Punjab Mental Hospital Lahore 1932-46 - 1932-1946
Year: 1932
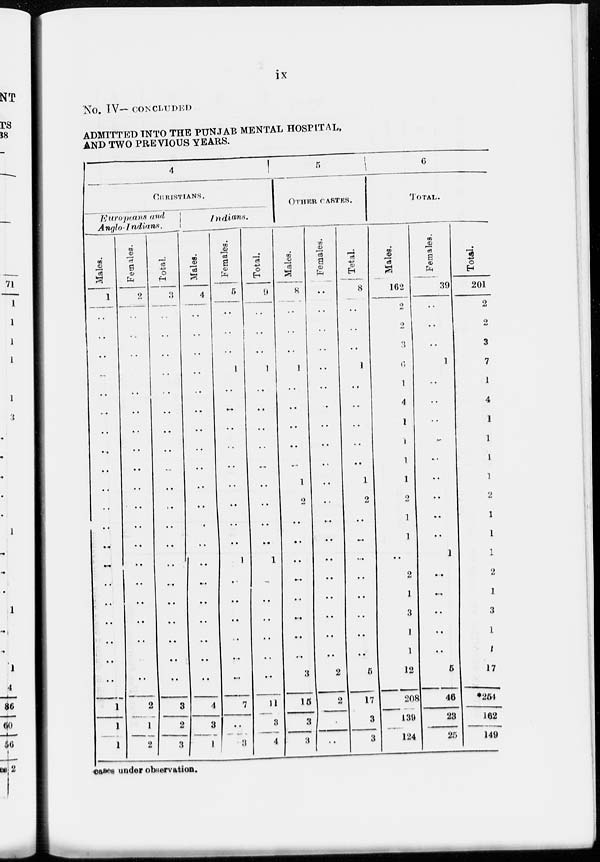
ix
No. IV— CONCLUDED
ADMITTED INTO THE PUNJAB MENTAL HOSPITAL,
AND TWO PREVIOUS YEARS.
4
CHRISTIANS.
Europians and
Anglo-Indians.
Males.
1
..
..
..
..
..
..
..
..
..
..
..
..
..
..
..
..
..
..
..
..
1
1
1
Females.
2
..
..
..
..
..
..
..
..
..
..
..
..
..
..
..
..
..
..
2
1
2
Total.
3
..
..
..
..
..
..
..
..
..
..
..
..
..
..
..
..
..
..
..
..
3
2
3
Indians.
Males.
4
..
..
..
..
..
..
..
..
..
..
..
..
..
.. ..
..
..
..
..
..
4
3
1
Females.
5
..
..
..
1
..
..
..
..
..
..
..
..
..
1
..
..
..
..
..
..
7
..
3
Total.
9
..
..
..
1
..
..
..
..
..
..
..
..
..
1
..
..
..
..
..
..
11
3
4
5
OTHER
CASTES.
Males.
8
..
..
..
1
..
..
..
..
..
1
..
..
..
..
..
..
..
..
..
3
15
3
3
Females.
..
..
..
..
..
..
..
..
..
..
..
..
..
..
..
..
..
..
..
..
2
2
..
..
Total.
8
..
..
..
1
..
..
..
..
..
1
2
..
..
..
..
..
..
..
..
5
17
3
3
6
TOTAL.
Males.
162
2
2
3
6
l
4
1
l
1
1
2
1
1
..
2
1
3
1
1
12
208
139
124
Females.
39
..
..
..
1
..
..
..
..
..
..
..
..
1
..
..
..
..
..
5
46
23
25
Total.
201
2
2
3
7
1
4
1
1
1
1
2
1
1
1
2
1
3
1
1
17
*254
162
149
cases under observation.